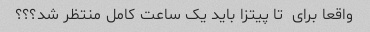
واقعا برای  تا پیتزا باید یک ساعت کامل منتظر شد؟؟؟